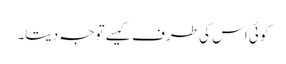
کوئی اس کی طرف کیسے توجہ دیتا۔